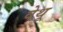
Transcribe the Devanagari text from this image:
वेथू